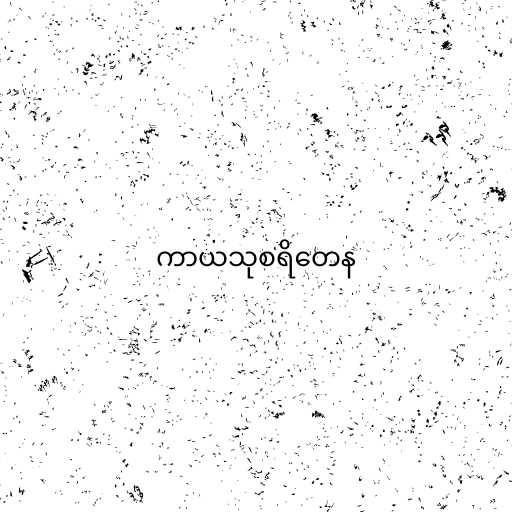
ကာယသုစရိတေန